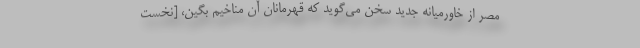
مصر از خاورمیانه جدید سخن می‌گوید که قهرمانان آن مناخیم بگین، [نخست